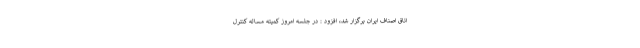
اتاق اصناف ایران برگزار شد، افزود : در جلسه امروز کمیته مساله کنترل